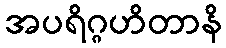
အပရိဂ္ဂဟိတာနိ